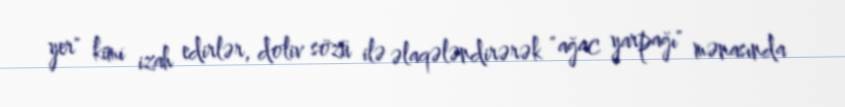
yer" kimi izah edirlər, doliv sözü ilə əlaqələndirərək "ağac yarpağı" mənasında